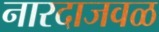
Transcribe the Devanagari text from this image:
नारदाजवळ